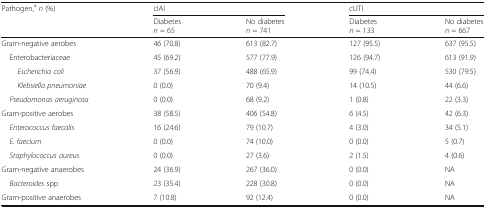
| <ROWSPAN=2> Pathogen,an (%) | <COLSPAN=2> cIAI | <COLSPAN=2> cUTI |
 | Diabetesn = 65 | No diabetesn = 741 | Diabetesn = 133 | No diabetesn = 667 |
 | --- | --- | --- | --- | --- |
 | Gram-negative aerobes | 46 (70.8) | 613 (82.7) | 127 (95.5) | 637 (95.5) |
 | Enterobacteriaceae | 45 (69.2) | 577 (77.9) | 126 (94.7) | 613 (91.9) |
 | Escherichia coli | 37 (56.9) | 488 (65.9) | 99 (74.4) | 530 (79.5) |
 | Klebsiella pneumoniae | 0 (0.0) | 70 (9.4) | 14 (10.5) | 44 (6.6) |
 | Pseudomonas aeruginosa | 0 (0.0) | 68 (9.2) | 1 (0.8) | 22 (3.3) |
 | Gram-positive aerobes | 38 (58.5) | 406 (54.8) | 6 (4.5) | 42 (6.3) |
 | Enterococcus faecalis | 16 (24.6) | 79 (10.7) | 4 (3.0) | 34 (5.1) |
 | E. faecium | 0 (0.0) | 74 (10.0) | 0 (0.0) | 5 (0.7) |
 | Staphylococcus aureus | 0 (0.0) | 27 (3.6) | 2 (1.5) | 4 (0.6) |
 | Gram-negative anaerobes | 24 (36.9) | 267 (36.0) | 0 (0.0) | NA |
 | Bacteroides spp | 23 (35.4) | 228 (30.8) | 0 (0.0) | NA |
 | Gram-positive anaerobes | 7 (10.8) | 92 (12.4) | 0 (0.0) | NA |